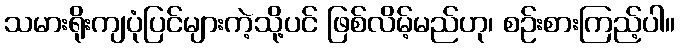
သမားရိုးကျပုံပြင်များကဲ့သို့ပင် ဖြစ်လိမ့်မည်ဟု၊ စဉ်းစားကြည့်ပါ။